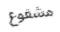
مشفوع